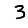
Digit: 3